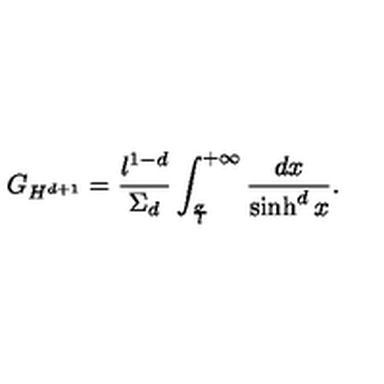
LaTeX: G _ { H ^ { d + 1 } } = { \frac { l ^ { 1 - d } } { \Sigma _ { d } } } \int _ { \frac { \sigma } { l } } ^ { + \infty } { \frac { d x } { \sinh ^ { d } x } } .